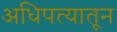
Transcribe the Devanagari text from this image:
अधिपत्यातून